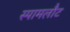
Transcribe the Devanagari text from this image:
स्पामलौट